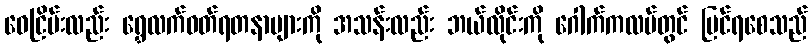
ဝေငြိမ်းလည်း ရွှေလက်ဝတ်ရတနာများကို အသန်းလည်း ဘယ်လိုင်းကို ဂေါက်ကလပ်တွင် မြင်ရစေသည်